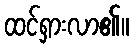
ထင်ရှားလာ၏။